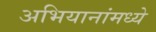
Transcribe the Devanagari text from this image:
अभियानांमध्ये